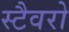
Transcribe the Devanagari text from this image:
स्टैवरो